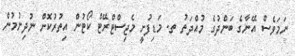
ނަމަވެސް އޭނާގެ ބަންދުގެ މުއްދަތު ތ. މަޑިފުށީ މެޖިސްޓްރޭޓް ކޯޓުން އިތުރުކޮށް ނުދިނުމުން